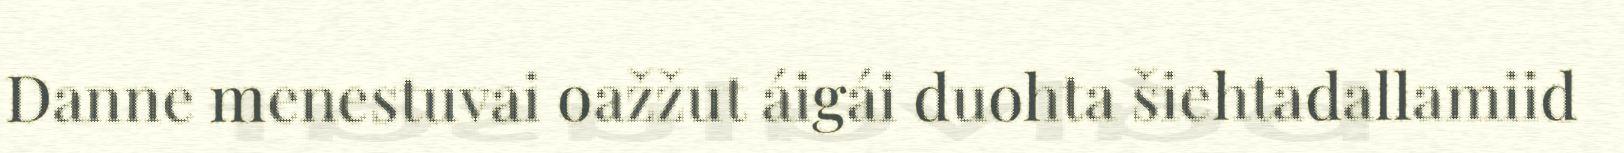
Danne menestuvai oažžut áigái duohta šiehtadallamiid